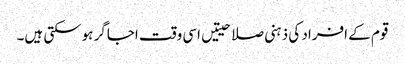
قوم کے افراد کی ذہنی صلاحیتیں اسی وقت اجاگر ہوسکتی ہیں۔